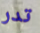
تدر